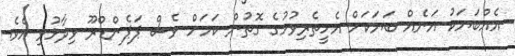
އެއްބަޔަކު އަނެއް ބަޔަކަށް އެހީތެރިވުމުގެ ގޮތުން ކަމަށް ވެސް ޕަޕެންޑްރޫ ވިދާޅުވި އެވެ.